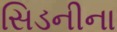
સિડનીના